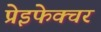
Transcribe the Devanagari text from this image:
प्रेइफेक्चर